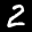
Label: 2